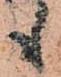
も